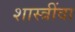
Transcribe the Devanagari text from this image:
शास्त्रींवा